Sanitation, dispensaries and jails vaccination Rajputana 1922-1927 - 1922-1927
Year: 1922
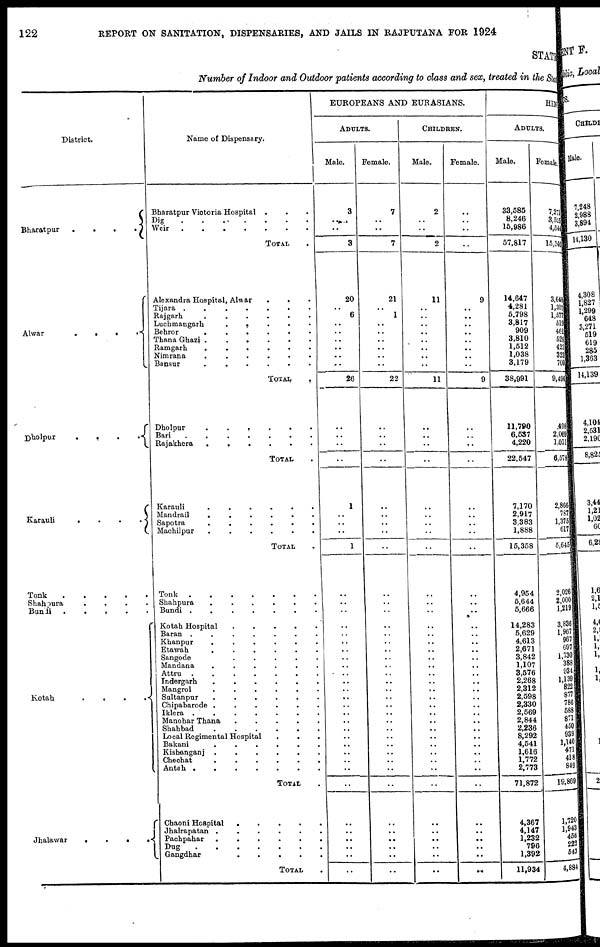
122
REPORT ON SANITATION, DISPENSARIES, AND JAILS IN RAJPUTANA FOR 1924
STATE
Number of Indoor and Outdoor patients according to class and sex, treated in the Stat
District.
Bharatpur
.
.
.
.
Alwar . . . .
Dholpur
.
.
.
.
Karauli
.
.
.
.
Tonk
.
.
.
.
.
Shahpura
.
Bundi .
.
.
.
.
Kotah
.
.
.
.
Jhalawar
.
.
.
.
Name of Dispensary.
Bharatpur Victoria Hospital . . .
Dig
.
.
.
.
.
.
.
.
Weir . . . . . .
TOTAL
Alexandra Hospital, Alwar
.
.
Tijara .
.
.
.
.
.
.
Rajgarh
.
.
.
.
Luchmangarh . . . . .
Behror
.
.
.
.
Thana Ghazi .
.
.
.
Ramgarh
.
.
.
.
Nimrana
.
.
.
.
Bansur
.
.
.
.
TOTAL
.
Dholpur
.
.
.
.
Bari . . . . . .
Rajakhera
.
.
.
.
TOTAL .
Karauli
.
.
.
.
Mandrail . . . . .
Sapotra . . . . . .
Machilpur
.
.
.
.
TOTAL .
Tonk
.
.
.
.
.
.
Shahpura
.
.
.
.
Bundi .
.
.
.
Kotah Hospital
.
.
.
.
.
Baran .
.
.
.
Khanpur
.
.
.
.
Etawah
.
.
.
.
Sangode
.
.
.
.
.
Mandana
.
.
.
.
Attru .
.
.
.
Indergarh
.
.
.
.
Mangrol
.
.
.
.
Sultanpur
.
.
.
.
Chipabarode .
.
.
.
Iklera .
.
.
.
Manohar Thana
.
.
.
.
.
Shahbad
.
.
.
.
Local Regimental Hospital
Bakani
.
.
.
.
Kishanganj .
.
.
.
Chechat
.
.
.
.
Antah .
.
.
.
TOTAL .
Chaoni Hospital
Jhalrapatan .
.
.
.
Pachpahar
.
.
.
.
Dug . . . . . . .
Gangdhar . . . . .
TOTAL
EUROPEANS AND EURASIANS.
ADULTS.
Male.
3
..
..
3
20
..
6
..
..
..
..
..
..
26
..
..
..
..
1
..
..
..
1
..
..
..
..
..
..
..
..
..
..
..
..
..
..
..
..
..
..
..
..
..
..
..
..
..
..
..
..
..
Female.
7
..
..
7
21
..
1
..
..
..
..
..
..
22
..
..
..
..
..
..
..
..
..
..
..
..
..
..
..
..
..
..
..
..
..
..
..
..
..
..
..
..
..
..
..
..
..
..
..
..
..
..
CHILDREN.
Male.
2
..
..
2
11
..
..
..
..
..
..
..
..
11
..
..
..
..
..
..
..
..
..
..
..
..
..
..
..
..
..
..
..
..
..
..
..
..
..
..
..
..
..
..
..
..
..
..
..
..
..
..
Female.
..
..
..
..
9
..
..
..
..
..
..
..
..
9
..
..
..
..
..
..
..
..
..
..
..
..
..
..
..
1
..
1
..
..
..
..
..
..
..
..
..
..
..
..
..
..
..
..
..
..
..
..
HIN
ADULTS.
Male.
33,585
8,246
15,986
57,817
14,647
4,281
5,798
3,817
909
3,810
1,512
1,038
3,179
38,991
11,790
6,537
4,220
22,547
7,170
2,917
3,383
1,888
15,358
4,954
5,644
5,666
14,283
5,629
4,613
2,671
3,842
1,107
3,576
2,268
2,312
2,598
2,330
2,569
2,844
2,236
8,292
4,541
1,616
1,772
2,773
71,872
4,367
4,147
1,232
796
1,392
11,934
Female.
7,271
3,525
4,544
15,340
3,648
1,307
1,577
519
461
529
423
323
709
9,496
,498
2,069
1,011
6,578
2,866
787
1,375
617
5,645
2,026
2,000
1,219
3,836
1,967
967
697
1,730
388
934
1,139
822
877
786
588
871
450
939
1,140
471
418
849
19,869
1,720
1,943
456
222
543
4,884